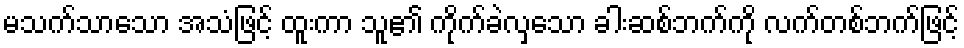
မသက်သာသော အသံဖြင့် ထူးကာ သူ၏ ကိုက်ခဲလှသော ခါးဆစ်ဘက်ကို လက်တစ်ဘက်ဖြင့်